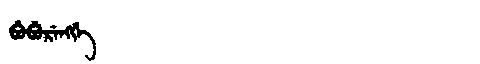
Manchu: ᠪᡠᠪᡠᡵᡝᠩᡤᡝ
Romanization: BUBURENGGE